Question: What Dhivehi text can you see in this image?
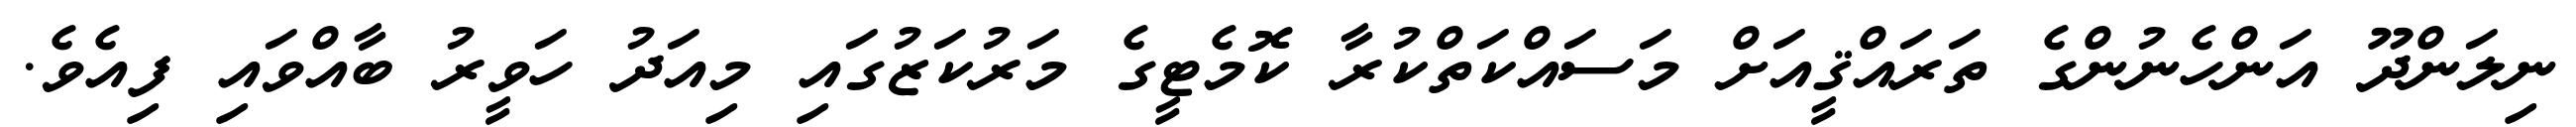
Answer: ނިލަންދޫ އަންހެނުންގެ ތަރައްޤީއަށް މަސައްކަތްކުރާ ކޮމެޓީގެ މަރުކަޒުގައި މިއަދު ހަވީރު ބާއްވައި ފިއެވެ.